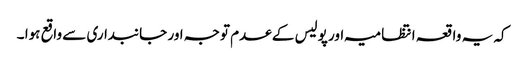
کہ یہ واقعہ انتظامیہ اور پولیس کے عدم توجہ اور جانبداری سے واقع ہوا ۔